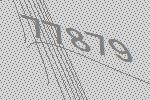
77879